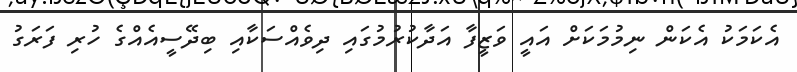
އެކަމަކު އެކަން ނިމުމަކަށް އައީ ވަޒީފާ އަދާކުރުމުގައި ދިވެއްސަކާއި ބިދޭސީއެއްގެ ހުރި ފަރަގު